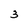
Character: 3